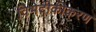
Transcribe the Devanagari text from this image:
विभेदीकीकरण